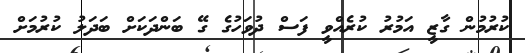
ކުރުމުން ގާޒީ އަމުރު ކުރެއްވީ ފަސް ދުވަހުގެ ގޭ ބަންދަކަށް ބަދަލު ކުރުމަށް